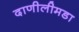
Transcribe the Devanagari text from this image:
दाणीलीमडा